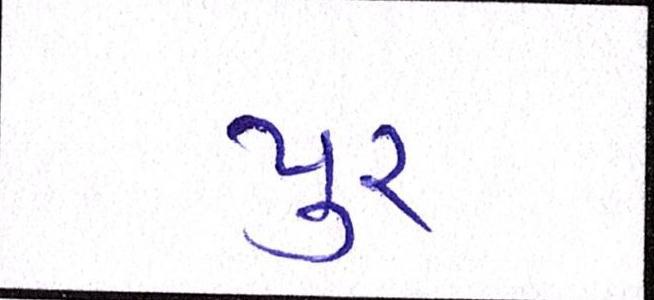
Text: પુર